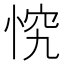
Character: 𭝄